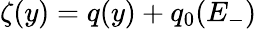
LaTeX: \zeta(y)=q(y)+q_{0}(E_{-})